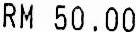
RM 50.00